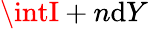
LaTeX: \intI+n\mathrm{d}Y